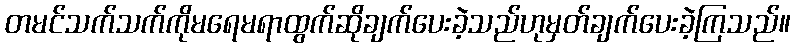
တမင်သက်သက်ကိုမရေမရာထွက်ဆိုချက်ပေးခဲ့သည်ဟုမှတ်ချက်ပေးခဲ့ကြသည်။